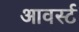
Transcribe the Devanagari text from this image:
आवर्स्ट